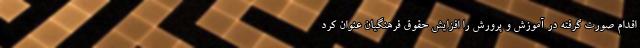
اقدام صورت گرفته در آموزش و پرورش را افزایش حقوق فرهنگیان عنوان کرد